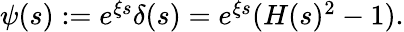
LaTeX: \begin{array}{r}{\psi(s):=e^{\xi s}\delta(s)=e^{\xi s}(H(s)^{2}-1).}\end{array}